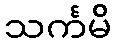
သင်္ကမိ